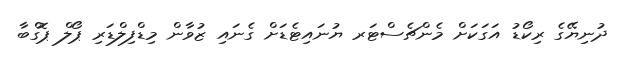
ދުނިޔޭގެ ރިކޯޑު އަގަކަށް މެންޗެސްޓަރ ޔުނައިޓެޑަށް ގެނައި ޒުވާން މިޑްފިލްޑަރި ޕޯލް ޕޮގްބާ